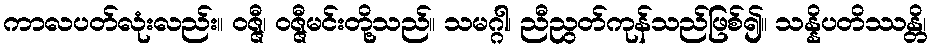
ကာလပတ်လုံးလည်း။ ဝဇ္ဇီ၊ ဝဇ္ဇီမင်းတို့သည်။ သမဂ္ဂါ၊ ညီညွတ်ကုန်သည်ဖြစ်၍။ သန္နိပတိဿန္တိ၊